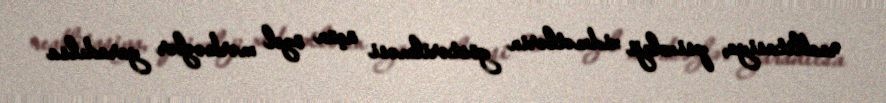
reablitasiya, psixoloji xidmətlərin göstərilməsi üçün özəl mərkəzlər yaradılsa